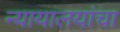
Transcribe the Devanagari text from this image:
न्यायालयांचा